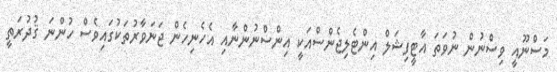
މަސްނޫއީ ވިސްނުން ނުވަތަ އާޓީފިޝަލް އިންޓެލިޖެންސްއަކީ އިންސްނުންނާއި އެހެނިހެން ޖަނަވާރުތަކުގައިވެސް ހުންނަ ޤުދުރަތީ